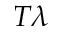
T \lambda